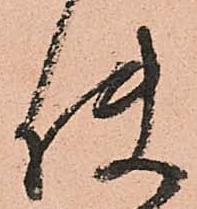
使